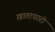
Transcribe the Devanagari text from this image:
खाताधारी